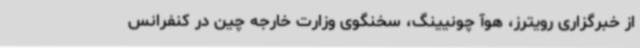
از خبرگزاری رویترز، هوآ چونیینگ، سخنگوی وزارت خارجه چین در کنفرانس